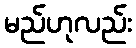
မည်ဟုလည်း